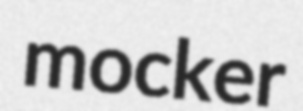
mocker